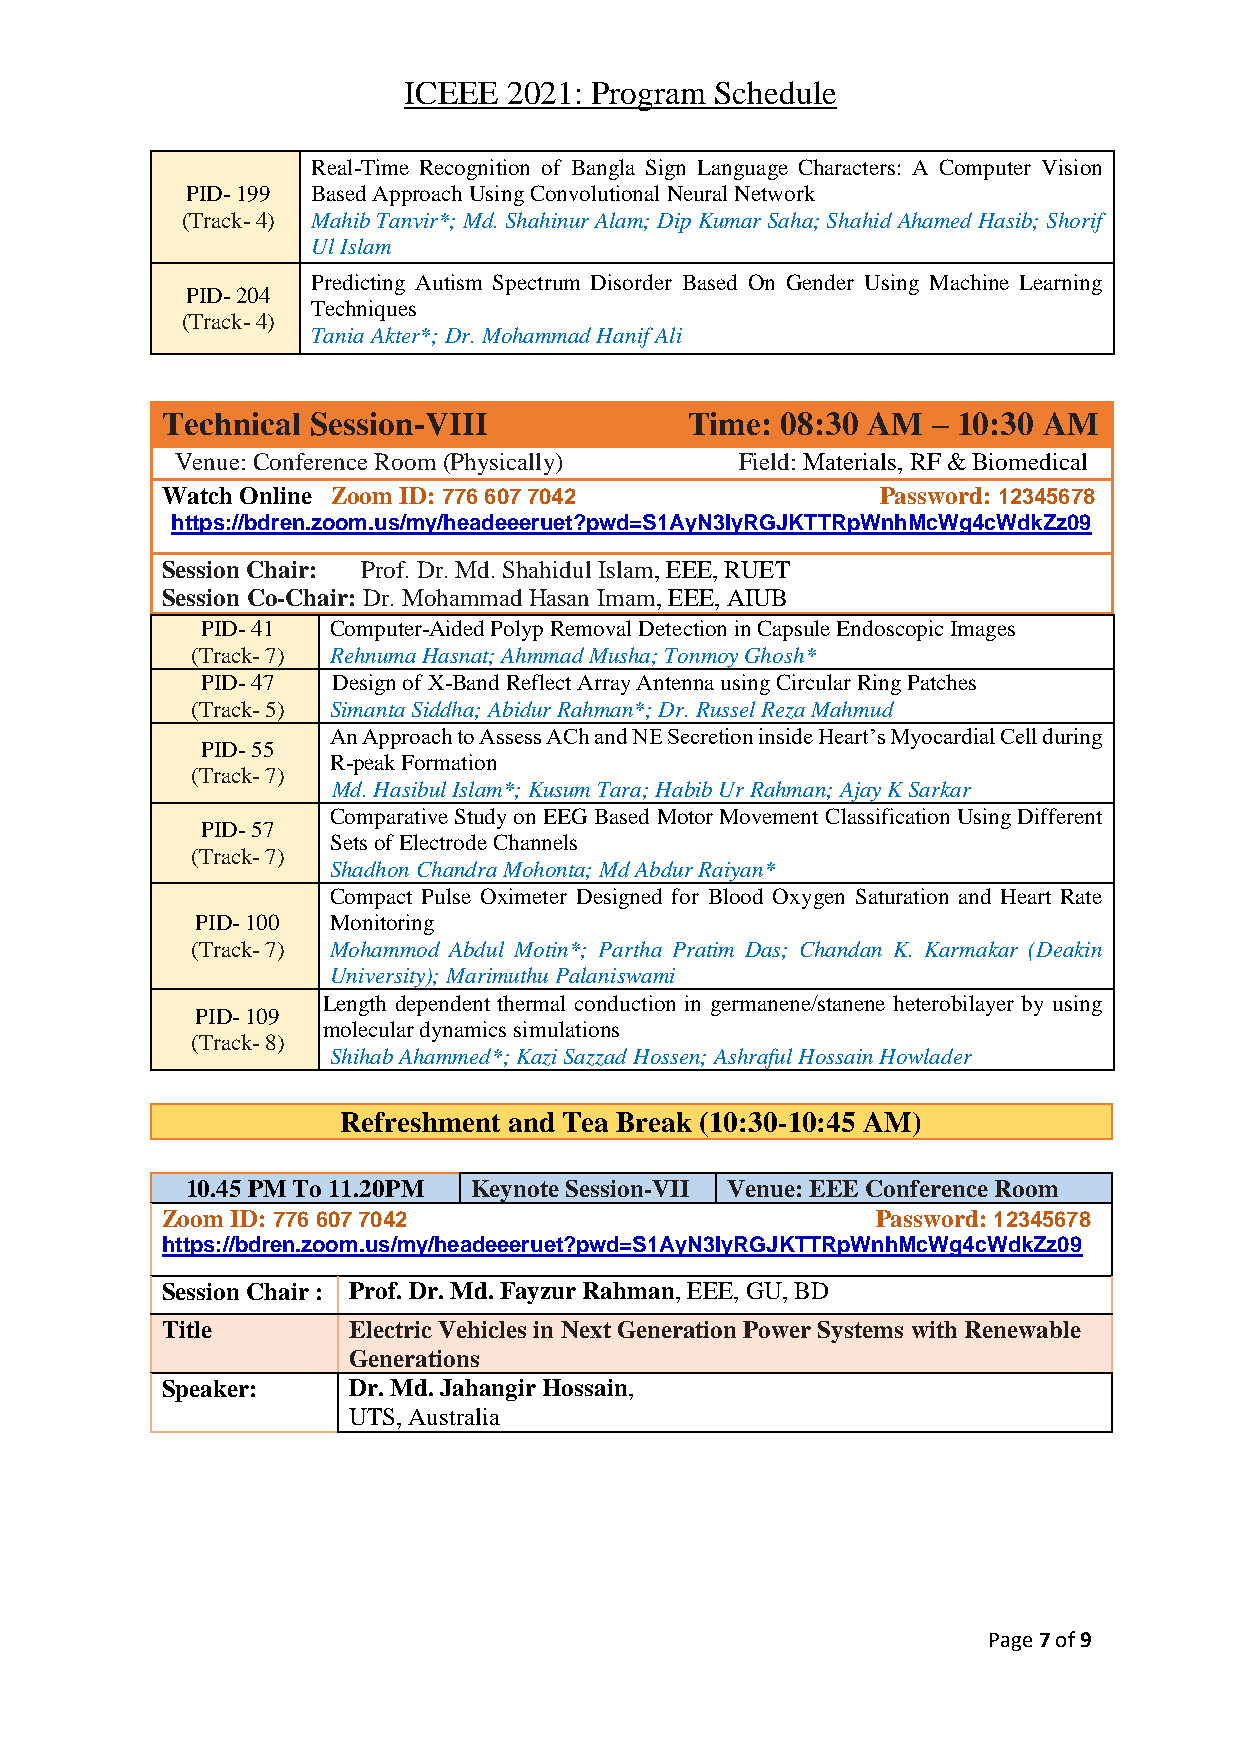
ICEEE  2021: Program Schedule
 Real-Time Recognition of Bangla Sign Language Characters: A Computer Vision
 PID- 199 Based Approach Using Convolutional Neural Network
 (Track- 4) Mahib Tanvir*; Md. Shahinur Alam; Dip Kumar Saha; Shahid Ahamed Hasib; Shorif
 Ul Islam
 Predicting Autism Spectrum Disorder Based On Gender Using Machine Learning
 PID- 204
 Techniques
 (Track- 4)
 Tania Akter*; Dr. Mohammad Hanif Ali
 Technical Session-VIII            Time:  08:30 AM  – 10:30 AM
 Venue: Conference Room (Physically)  Field: Materials, RF & Biomedical
 Watch Online Zoom ID: 776 607 7042             Password: 12345678
 https://bdren.zoom.us/my/headeeeruet?pwd=S1AyN3IyRGJKTTRpWnhMcWg4cWdkZz09
 Session Chair: Prof. Dr. Md. Shahidul Islam, EEE, RUET
 Session Co-Chair: Dr. Mohammad Hasan Imam, EEE, AIUB
 PID- 41  Computer-Aided Polyp Removal Detection in Capsule Endoscopic Images
 (Track- 7) Rehnuma Hasnat; Ahmmad Musha; Tonmoy Ghosh*
 PID- 47  Design of X-Band Reflect Array Antenna using Circular Ring Patches
 (Track- 5) Simanta Siddha; Abidur Rahman*; Dr. Russel Reza Mahmud
 An Approach to Assess ACh and NE Secretion inside Heart’s Myocardial Cell during
 PID- 55
 R-peak Formation
 (Track- 7)
 Md. Hasibul Islam*; Kusum Tara; Habib Ur Rahman; Ajay K Sarkar
 Comparative Study on EEG Based Motor Movement Classification Using Different
 PID- 57
 Sets of Electrode Channels
 (Track- 7)
 Shadhon Chandra Mohonta; Md Abdur Raiyan*
 Compact Pulse Oximeter Designed for Blood Oxygen Saturation and Heart Rate
 PID- 100 Monitoring
 (Track- 7) Mohammod Abdul Motin*; Partha Pratim Das; Chandan K. Karmakar (Deakin
 University); Marimuthu Palaniswami
 Length dependent thermal conduction in germanene/stanene heterobilayer by using
 PID- 109
 molecular dynamics simulations
 (Track- 8)
 Shihab Ahammed*; Kazi Sazzad Hossen; Ashraful Hossain Howlader
 Refreshment and Tea Break (10:30-10:45 AM)
 10.45 PM To 11.20PM Keynote Session-VII Venue: EEE Conference Room
 Zoom ID: 776 607 7042                          Password: 12345678
 https://bdren.zoom.us/my/headeeeruet?pwd=S1AyN3IyRGJKTTRpWnhMcWg4cWdkZz09
 Session Chair : Prof. Dr. Md. Fayzur Rahman, EEE, GU, BD
 Title       Electric Vehicles in Next Generation Power Systems with Renewable
 Generations
 Speaker:    Dr. Md. Jahangir Hossain,
 UTS, Australia
 Page 7 of 9